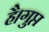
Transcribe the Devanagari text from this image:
है।गुप्त